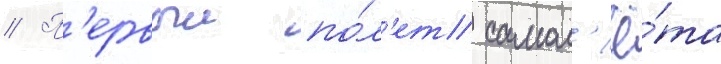
// П'ервыи по́л'ет самол'ё́та